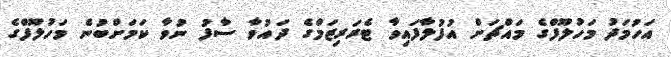
އަހުމަދު މަހުލޫފްގެ މައްޗަށް އުފުލާފައިވާ ޓެރަރިޒަމްގެ ދައުވާ ސާފު ނުވާ ކަމަށްބުނެ މަހުލޫފްގެ